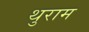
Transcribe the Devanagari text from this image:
थुराम